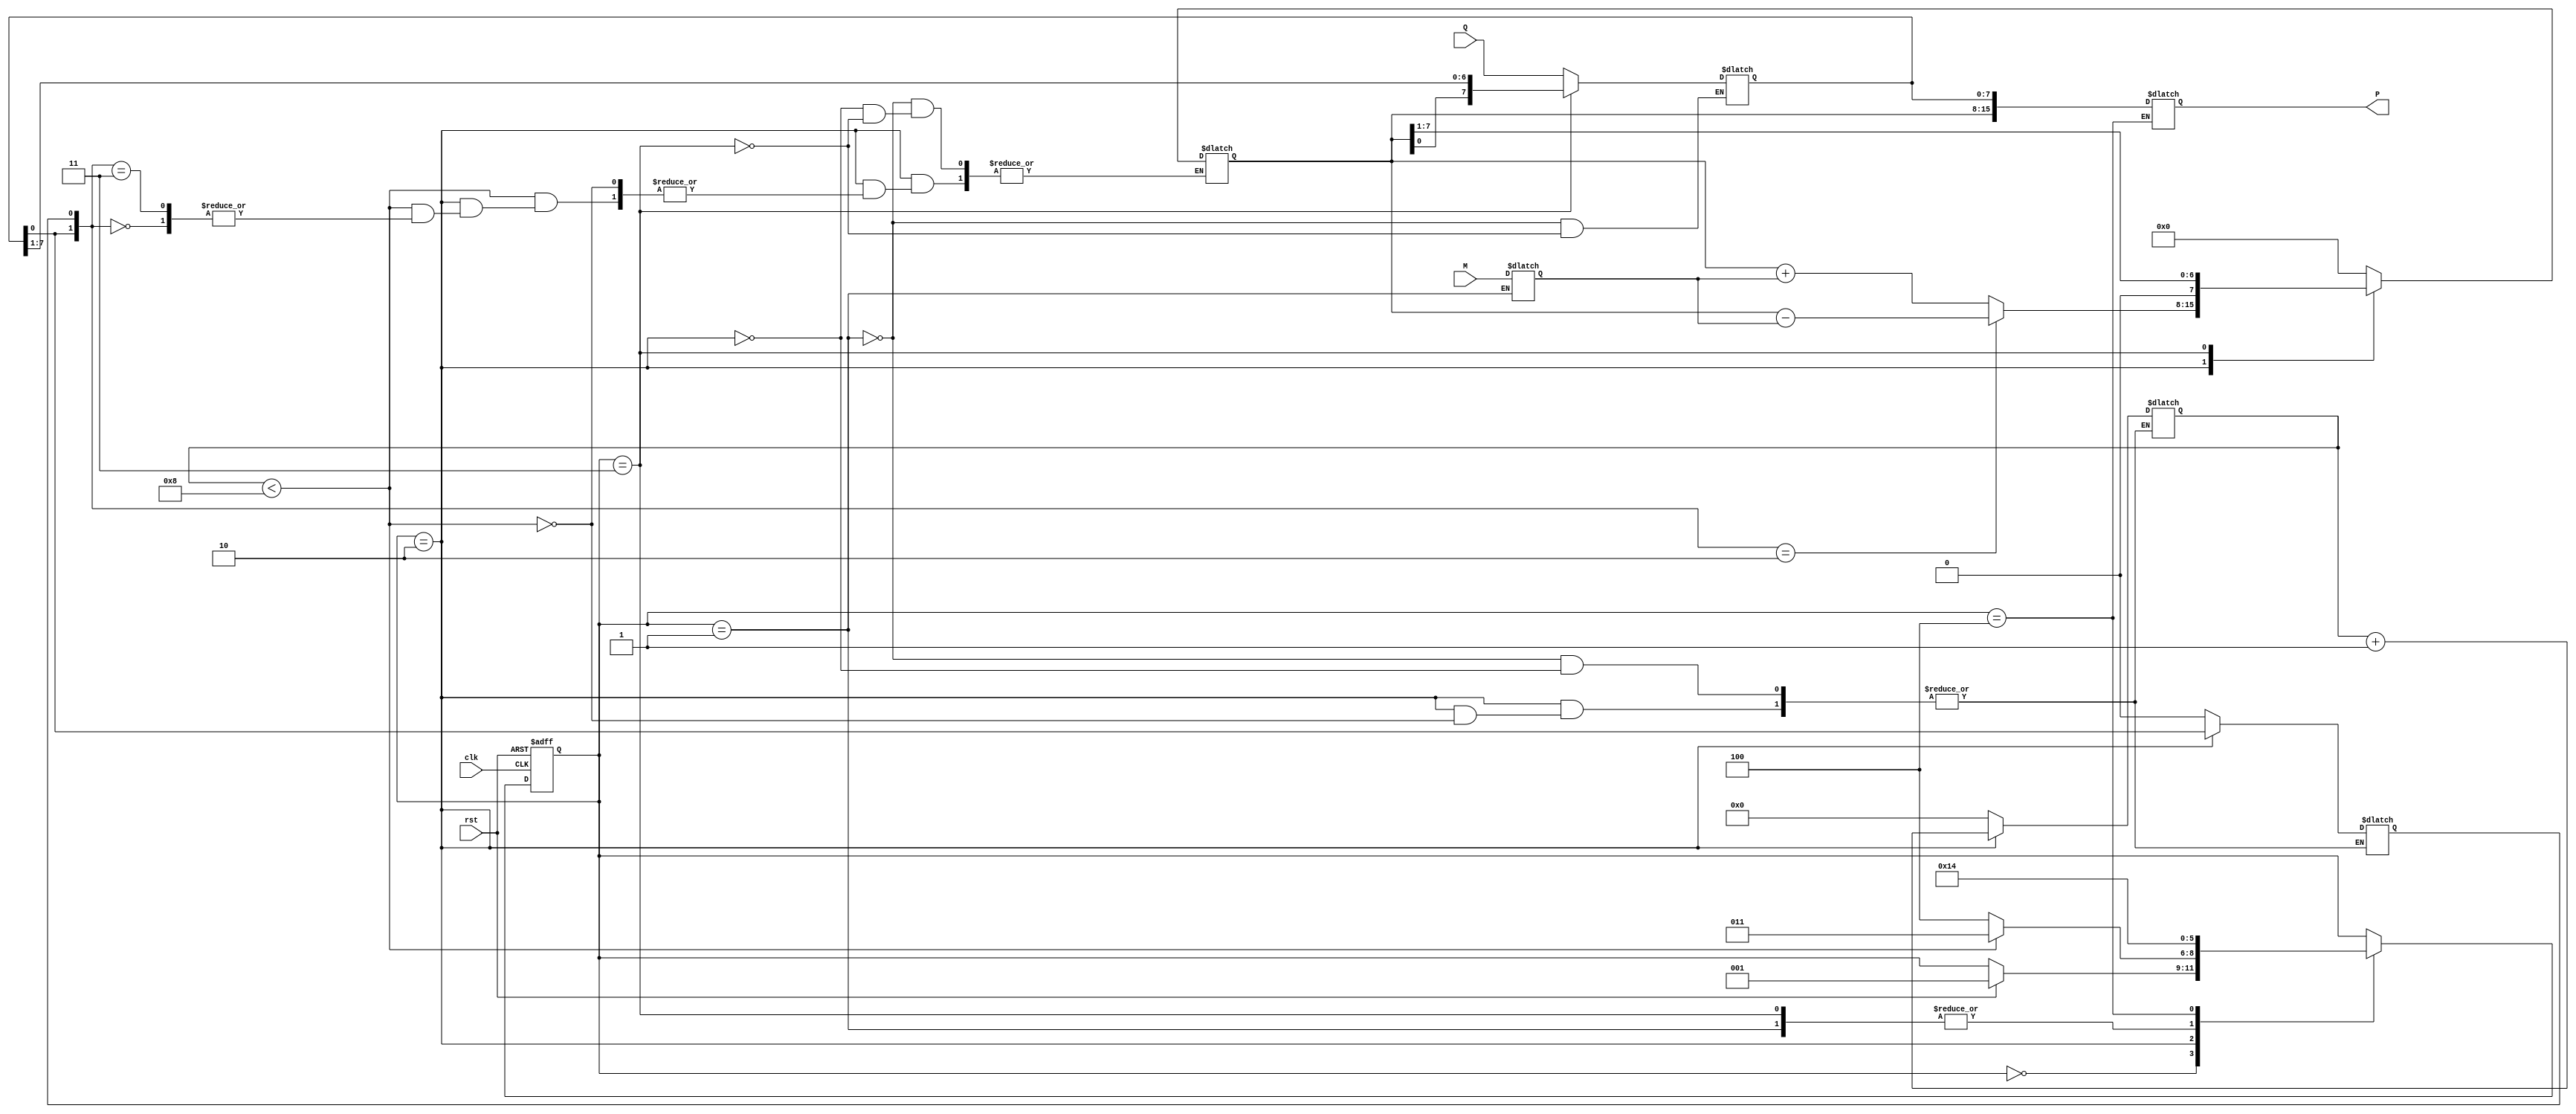
module modified_booth_multiplier #(
    parameter WIDTH = 8 // Width of the input operands
)(
    input wire clk,
    input wire rst,
    input wire [WIDTH-1:0] M, // Multiplicand
    input wire [WIDTH-1:0] Q, // Multiplier
    output reg [2*WIDTH-1:0] P // Product
);

    reg [WIDTH-1:0] Q_reg;      // Multiplier register
    reg [WIDTH-1:0] M_reg;      // Multiplicand register
    reg [WIDTH-1:0] A;          // Accumulator
    reg Q_minus_1;              // Previous bit of Q
    reg [3:0] count;            // Counter for iterations

    // Control signals
    reg add_subtract;           // 1 for add, 0 for subtract
    reg shift;                  // Shift signal

    // State machine for control
    localparam IDLE = 3'b000,
               LOAD = 3'b001,
               EXECUTE = 3'b010,
               SHIFT = 3'b011,
               DONE = 3'b100;

    reg [2:0] state, next_state;

    // Sequential logic for state transition
    always @(posedge clk or posedge rst) begin
        if (rst) begin
            state <= IDLE;
        end else begin
            state <= next_state;
        end
    end

    // Combinational logic for next state and control signals
    always @(*) begin
        next_state = state;
        add_subtract = 0;
        shift = 0;

        case (state)
            IDLE: begin
                if (rst) begin
                    next_state = LOAD;
                end
            end
            LOAD: begin
                Q_reg = Q;
                M_reg = M;
                A = 0;
                Q_minus_1 = 0;
                count = 0;
                next_state = EXECUTE;
            end
            EXECUTE: begin
                if (count < WIDTH) begin
                    // Booth encoding logic
                    case ({Q_reg[0], Q_minus_1})
                        2'b00: begin
                            // No action
                        end
                        2'b01: begin
                            // Add M
                            A = A + M_reg;
                            add_subtract = 1;
                        end
                        2'b10: begin
                            // Subtract M
                            A = A - M_reg;
                            add_subtract = 0;
                        end
                        2'b11: begin
                            // No action
                        end
                    endcase

                    // Prepare for shift operation
                    Q_minus_1 = Q_reg[0];
                    shift = 1;
                    count = count + 1;
                    next_state = SHIFT;
                end else begin
                    next_state = DONE;
                end
            end
            SHIFT: begin
                // Perform arithmetic right shift
                {A, Q_reg} = {A, Q_reg} >> 1;
                next_state = EXECUTE;
            end
            DONE: begin
                P = {A, Q_reg}; // Store final product
                next_state = DONE; // Remain in DONE state
            end
        endcase
    end

endmodule